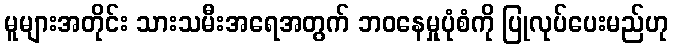
မူများအတိုင်း သားသမီးအရေအတွက် ဘဝနေမှုပုံစံကို ပြုလုပ်ပေးမည်ဟု